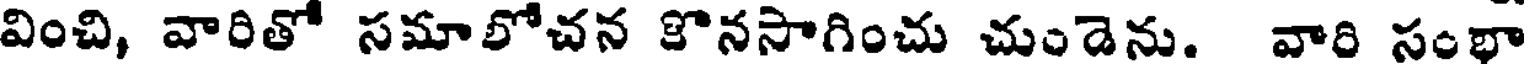
వించి, వారితో సమాలోచన కొనసాగించు చుండెను. వారి సంభా